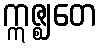
ဣဇ္ဈတေ